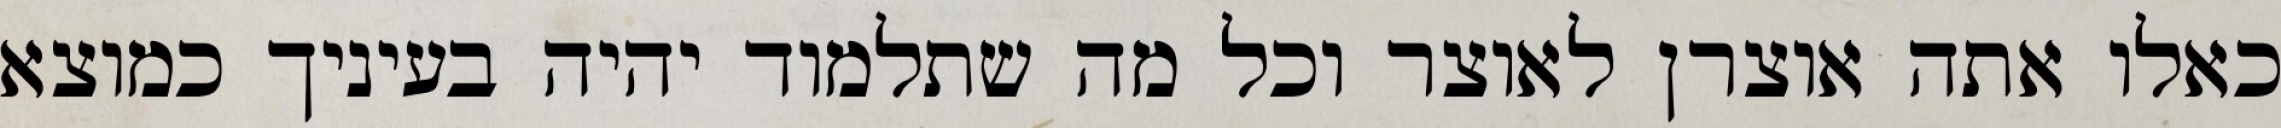
כאלו אתה אוצרן לאוצר וכל מה שתלמוד יהיה בעיניך כמוצא